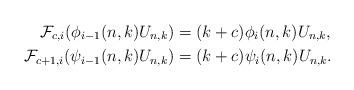
LaTeX: \begin{align*}\mathcal F_{c,i}(\phi_{i-1}(n,k)U_{n,k})&=(k+c)\phi_i(n,k)U_{n,k},\\\mathcal F_{c+1,i}(\psi_{i-1}(n,k)U_{n,k})&=(k+c)\psi_i(n,k)U_{n,k}.\end{align*}